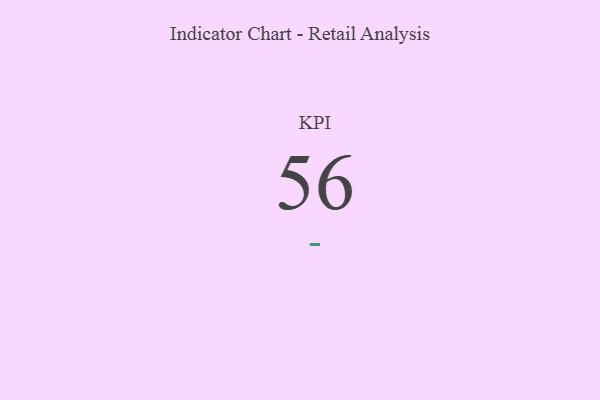
{"axis": {"x": "KPI", "y": "Value"}, "legend": [""], "data": [{"x": "KPI", "y": 56, "type": ""}]}